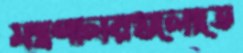
মন্ত্রণালয়গুলোতে